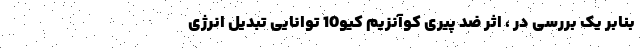
بنابر یک بررسی در ، اثر ضد پیری کوآنزیم کیو10 توانایی تبدیل انرژی